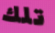
تلك